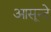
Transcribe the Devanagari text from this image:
आसून्दे